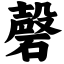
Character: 磬